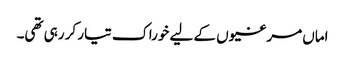
اماں مرغیوں کے لیے خوراک تیار کر رہی تھی۔